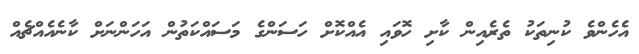
އެހެންވެ ކުނިތަކު ތެރެއިން ކާށި ހޮވައި އެއްކޮށް ހަސަންގެ މަސައްކަތުން އަހަންނަށް ކާނެއެއްޗެއް